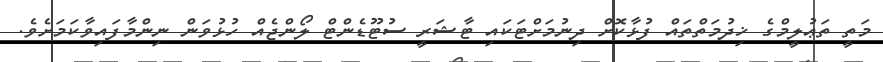
މަތީ ތަޢުލީމްގެ ޚިދުމަތްތައް ފުޅާކޮށް ދިނުމަށްޓަކައި ޓާޝަރީ ސުޓޫޑެންޓް ލޯންޖެއް ހުޅުވަން ނިންމާފައިވާކަމަށެވެ.